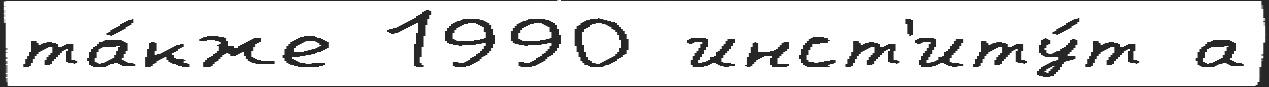
та́кже 1990 инст'иту́т а